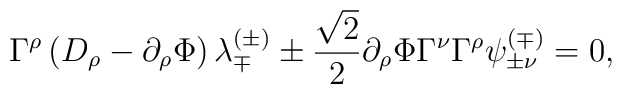
\Gamma^\rho \left( D_\rho - \partial_\rho \Phi \right) \lambda_{\mp}^{(\pm)} \pm {\sqrt{2} \over 2} \partial_\rho \Phi \Gamma^\nu \Gamma^\rho \psi_{\pm\nu}^{(\mp)} = 0,